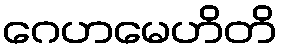
ဂေဟမေဟိတိ